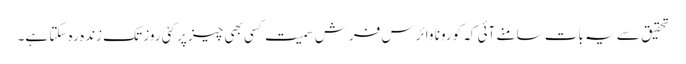
تحقیق سے یہ بات سامنے آئی کہ کورونا وائرس فرش سمیت کسی بھی چیز پر کئی روز تک زندہ رہ سکتا ہے۔